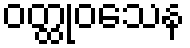
ဝတ္ထုဝသေန